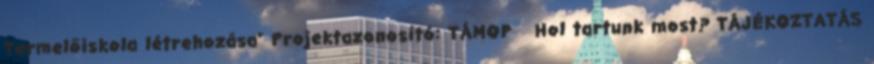
Termelőiskola létrehozása” Projektazonosító: TÁMOP Hol tartunk most? TÁJÉKOZTATÁS